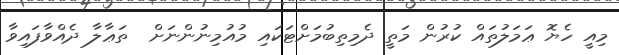
މިއީ ހެޔޮ ޢަމަލުތައް ކުރުން މަތީ ދެމިތިބުމަށްޓަކައި މުއުމިނުންނަށް  ތަޢާލާ ދެއްވާފައިވާ